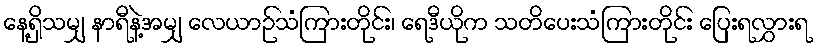
နေ့ရှိသမျှ နာရီနဲ့အမျှ လေယာဉ်သံကြားတိုင်း၊ ရေဒီယိုက သတိပေးသံကြားတိုင်း ပြေးရလွှားရ